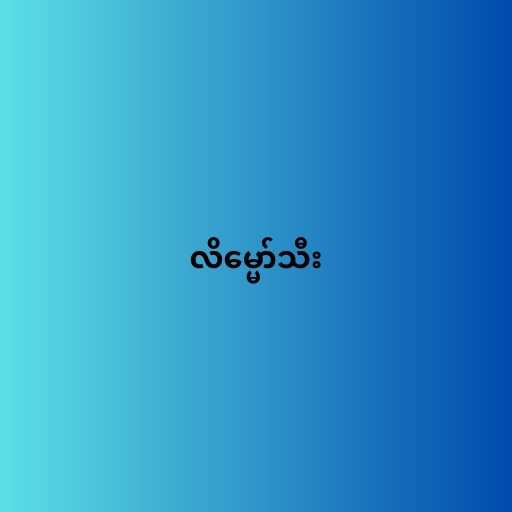
လိမ္မော်သီး